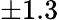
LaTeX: \pm 1.3